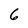
Character: 6